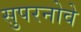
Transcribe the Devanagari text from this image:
सुपरनोवे